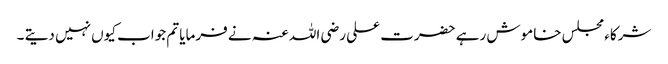
شرکاء مجلس خاموش رہے حضرت علی رضی اللہ عنہ نے فرمایا تم جواب کیوں نہیں دیتے ۔